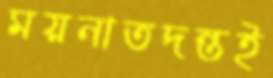
ময়নাতদন্তই